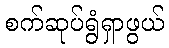
စက်ဆုပ်ရွံရှာဖွယ်